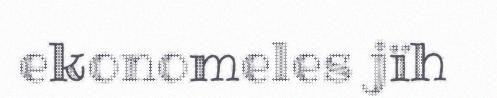
ekonomeles jïh